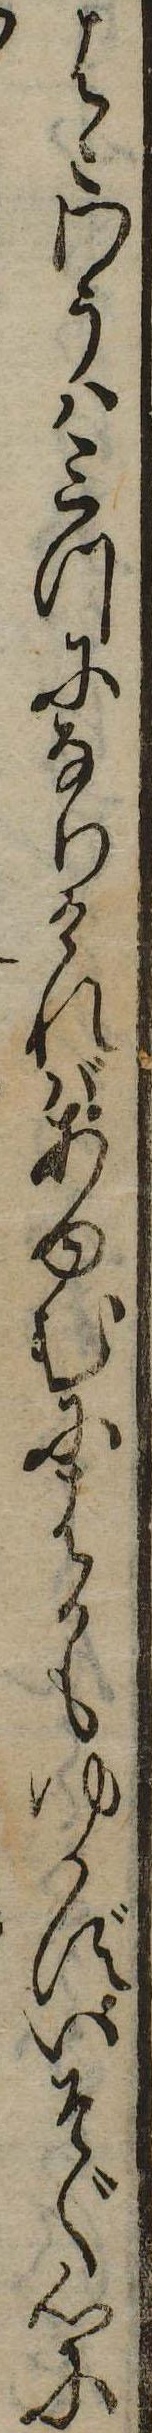
はこわうは三つになりければあゆむにはかもゆかずいそぐ心に